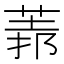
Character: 𦳻